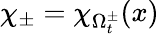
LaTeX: \chi_{\pm}=\chi_{\Omega_{t}^{\pm}}(x)